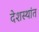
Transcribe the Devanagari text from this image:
देशस्थांत